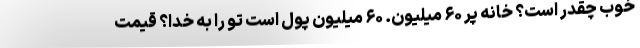
خوب چقدر است؟ خانه پر ۶۰ میلیون. ۶۰ میلیون پول است تو را به خدا؟ قیمت